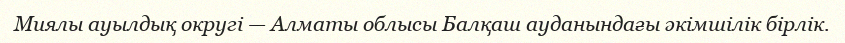
Миялы ауылдық округі — Алматы облысы Балқаш ауданындағы әкімшілік бірлік.